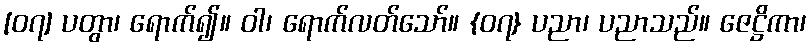
[၀၇] ပတွာ၊ ရောက်၍။ ဝါ၊ ရောက်လတ်သော်။ {၀၇} ပညာ၊ ပညာသည်။ ဇေဋ္ဌိကာ၊